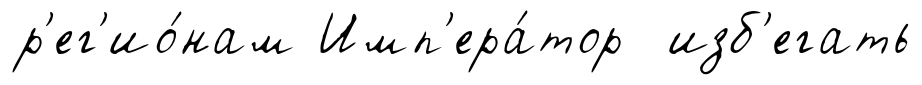
р'ег'ио́нам Имп'ера́тор изб'егать